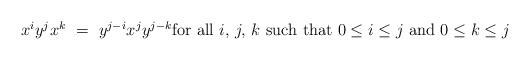
LaTeX: \begin{align*}\begin{minipage}[c]{35pc}$x^i y^j x^k\ =\ y^{j-i} x^j y^{j-k}$for all $i,$ $j,$ $k$ such that $0\leq i\leq j$ and $0\leq k\leq j$\end{minipage}\end{align*}